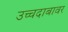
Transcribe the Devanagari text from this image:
उच्चदाबावर